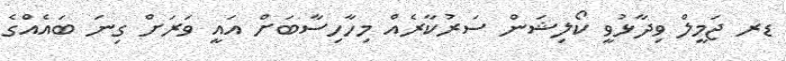
ޑރ ޖަމީލް ވިދާޅުވީ ކޯލިޝަން ސަރުކާރެއް މިހާހިސާބަށް އައީ ވަރަށް ގިނަ ބައެއްގެ